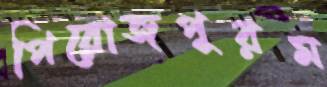
পিরোজপুরম